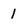
Character: 1